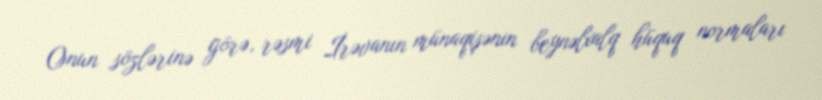
Onun sözlərinə görə, rəsmi İrəvanın münaqişənin beynəlxalq hüquq normaları